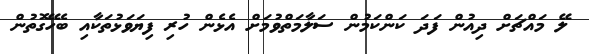
ލޭ މައްޗަށް ދިއުން ފަދަ ކަންކަމުން ސަލާމަތްވުމަށް އެޅެން ހުރި ފިޔަވަޅުތަކާއި ބެހޭގޮތުން